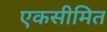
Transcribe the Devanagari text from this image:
एकसीमित